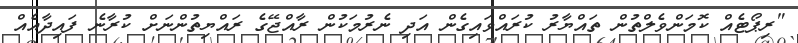
"ރިޕޯޓެއް ކޮމަންވެލްތުން ތައްޔާރު ކުރައްވައިގެން އަދި ނެރުމަކުން ރާއްޖޭގެ ރައްޔިތުންނަށް ކުރާނެ ފައިދާއެއް